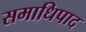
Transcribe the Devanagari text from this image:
समाधिपाद